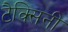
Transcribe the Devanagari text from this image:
टैक्सिनी